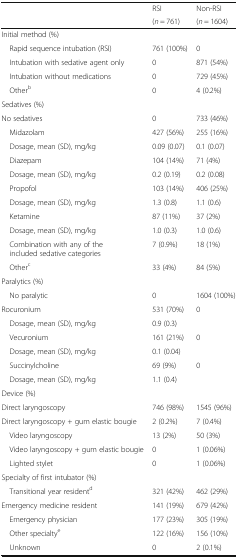
<table><thead><tr><td rowspan="2"></td><td><b>RSI</b></td><td><b>Non-RSI</b></td></tr><tr><td><b>(<i>n</i> = 761)</b></td><td><b>(<i>n</i> = 1604)</b></td></tr></thead><tbody><tr><td colspan="3">Initial method (%)</td></tr><tr><td> Rapid sequence intubation (RSI)</td><td>761 (100%)</td><td>0</td></tr><tr><td> Intubation with sedative agent only</td><td>0</td><td>871 (54%)</td></tr><tr><td> Intubation without medications</td><td>0</td><td>729 (45%)</td></tr><tr><td> Other<sup>b</sup></td><td>0</td><td>4 (0.2%)</td></tr><tr><td colspan="3">Sedatives (%)</td></tr><tr><td>No sedatives</td><td>0</td><td>733 (46%)</td></tr><tr><td> Midazolam</td><td>427 (56%)</td><td>255 (16%)</td></tr><tr><td> Dosage, mean (SD), mg/kg</td><td>0.09 (0.07)</td><td>0.1 (0.07)</td></tr><tr><td> Diazepam</td><td>104 (14%)</td><td>71 (4%)</td></tr><tr><td> Dosage, mean (SD), mg/kg</td><td>0.2 (0.19)</td><td>0.2 (0.08)</td></tr><tr><td> Propofol</td><td>103 (14%)</td><td>406 (25%)</td></tr><tr><td> Dosage, mean (SD), mg/kg</td><td>1.3 (0.8)</td><td>1.1 (0.6)</td></tr><tr><td> Ketamine</td><td>87 (11%)</td><td>37 (2%)</td></tr><tr><td> Dosage, mean (SD), mg/kg</td><td>1.0 (0.3)</td><td>1.0 (0.6)</td></tr><tr><td> Combination with any of the included sedative categories</td><td>7 (0.9%)</td><td>18 (1%)</td></tr><tr><td> Other<sup>c</sup></td><td>33 (4%)</td><td>84 (5%)</td></tr><tr><td colspan="3">Paralytics (%)</td></tr><tr><td> No paralytic</td><td>0</td><td>1604 (100%)</td></tr><tr><td>Rocuronium</td><td>531 (70%)</td><td>0</td></tr><tr><td> Dosage, mean (SD), mg/kg</td><td>0.9 (0.3)</td><td></td></tr><tr><td> Vecuronium</td><td>161 (21%)</td><td>0</td></tr><tr><td> Dosage, mean (SD), mg/kg</td><td>0.1 (0.04)</td><td></td></tr><tr><td> Succinylcholine</td><td>69 (9%)</td><td>0</td></tr><tr><td> Dosage, mean (SD), mg/kg</td><td>1.1 (0.4)</td><td></td></tr><tr><td colspan="3">Device (%)</td></tr><tr><td>Direct laryngoscopy</td><td>746 (98%)</td><td>1545 (96%)</td></tr><tr><td>Direct laryngoscopy + gum elastic bougie</td><td>2 (0.2%)</td><td>7 (0.4%)</td></tr><tr><td> Video laryngoscopy</td><td>13 (2%)</td><td>50 (3%)</td></tr><tr><td> Video laryngoscopy + gum elastic bougie</td><td>0</td><td>1 (0.06%)</td></tr><tr><td> Lighted stylet</td><td>0</td><td>1 (0.06%)</td></tr><tr><td colspan="3">Specialty of first intubator (%)</td></tr><tr><td> Transitional year resident<sup>d</sup></td><td>321 (42%)</td><td>462 (29%)</td></tr><tr><td>Emergency medicine resident</td><td>141 (19%)</td><td>679 (42%)</td></tr><tr><td> Emergency physician</td><td>177 (23%)</td><td>305 (19%)</td></tr><tr><td> Other specialty<sup>e</sup></td><td>122 (16%)</td><td>156 (10%)</td></tr><tr><td> Unknown</td><td>0</td><td>2 (0.1%)</td></tr></tbody></table>